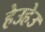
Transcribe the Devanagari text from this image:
हेउहेउ